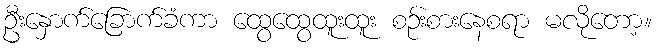
ဦးနှောက်ခြောက်ခံကာ ထွေထွေထူးထူး စဉ်းစားနေစရာ မလိုတော့။